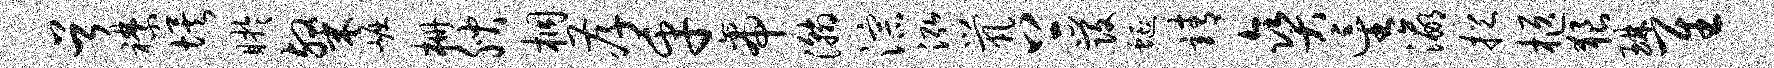
首襟埃盱粲崛栅腴桐孝乎帝瀚淙泓茕上发蜒靖爽星瀛挹柩狼琳隹